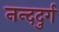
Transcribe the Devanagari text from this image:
नन्ददुर्ग